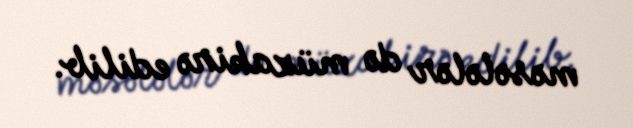
məsələlər də müzakirə edilib.